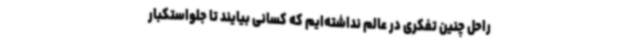
راحل چنین تفکری در عالم نداشته‌ایم که کسانی بیایند تا جلواستکبار